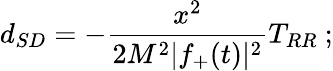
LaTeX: d_{SD}=-\frac{x^{2}}{2M^{2}|f_{+}(t)|^{2}}T_{RR}\ ;